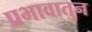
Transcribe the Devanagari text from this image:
प्रभावातुन